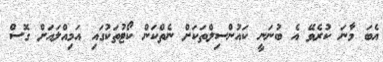
އެބަ މާނަ ކުރެވޭ އެ ބުނަނީ ކައުންސިލްތަކަށް ނެތްކަން ކޯޓުތަކުގައި އަމިއްލައަށް ގޮސް